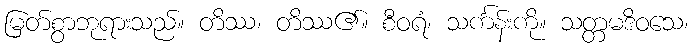
မြတ်စွာဘုရားသည်။ တိဿ၊ တိဿ၏။ စီဝရံ၊ သင်္ကန်းကို။ သတ္တမဒိဝသေ၊